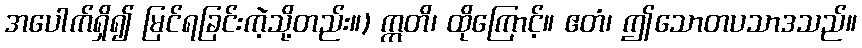
အပေါက်ရှိ၍ မြင်ရခြင်းကဲ့သို့တည်း။) ဣတိ၊ ထိုကြောင့်။ ဧတံ၊ ဤသောတပသာဒသည်။